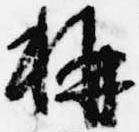
称